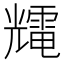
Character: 𰃕